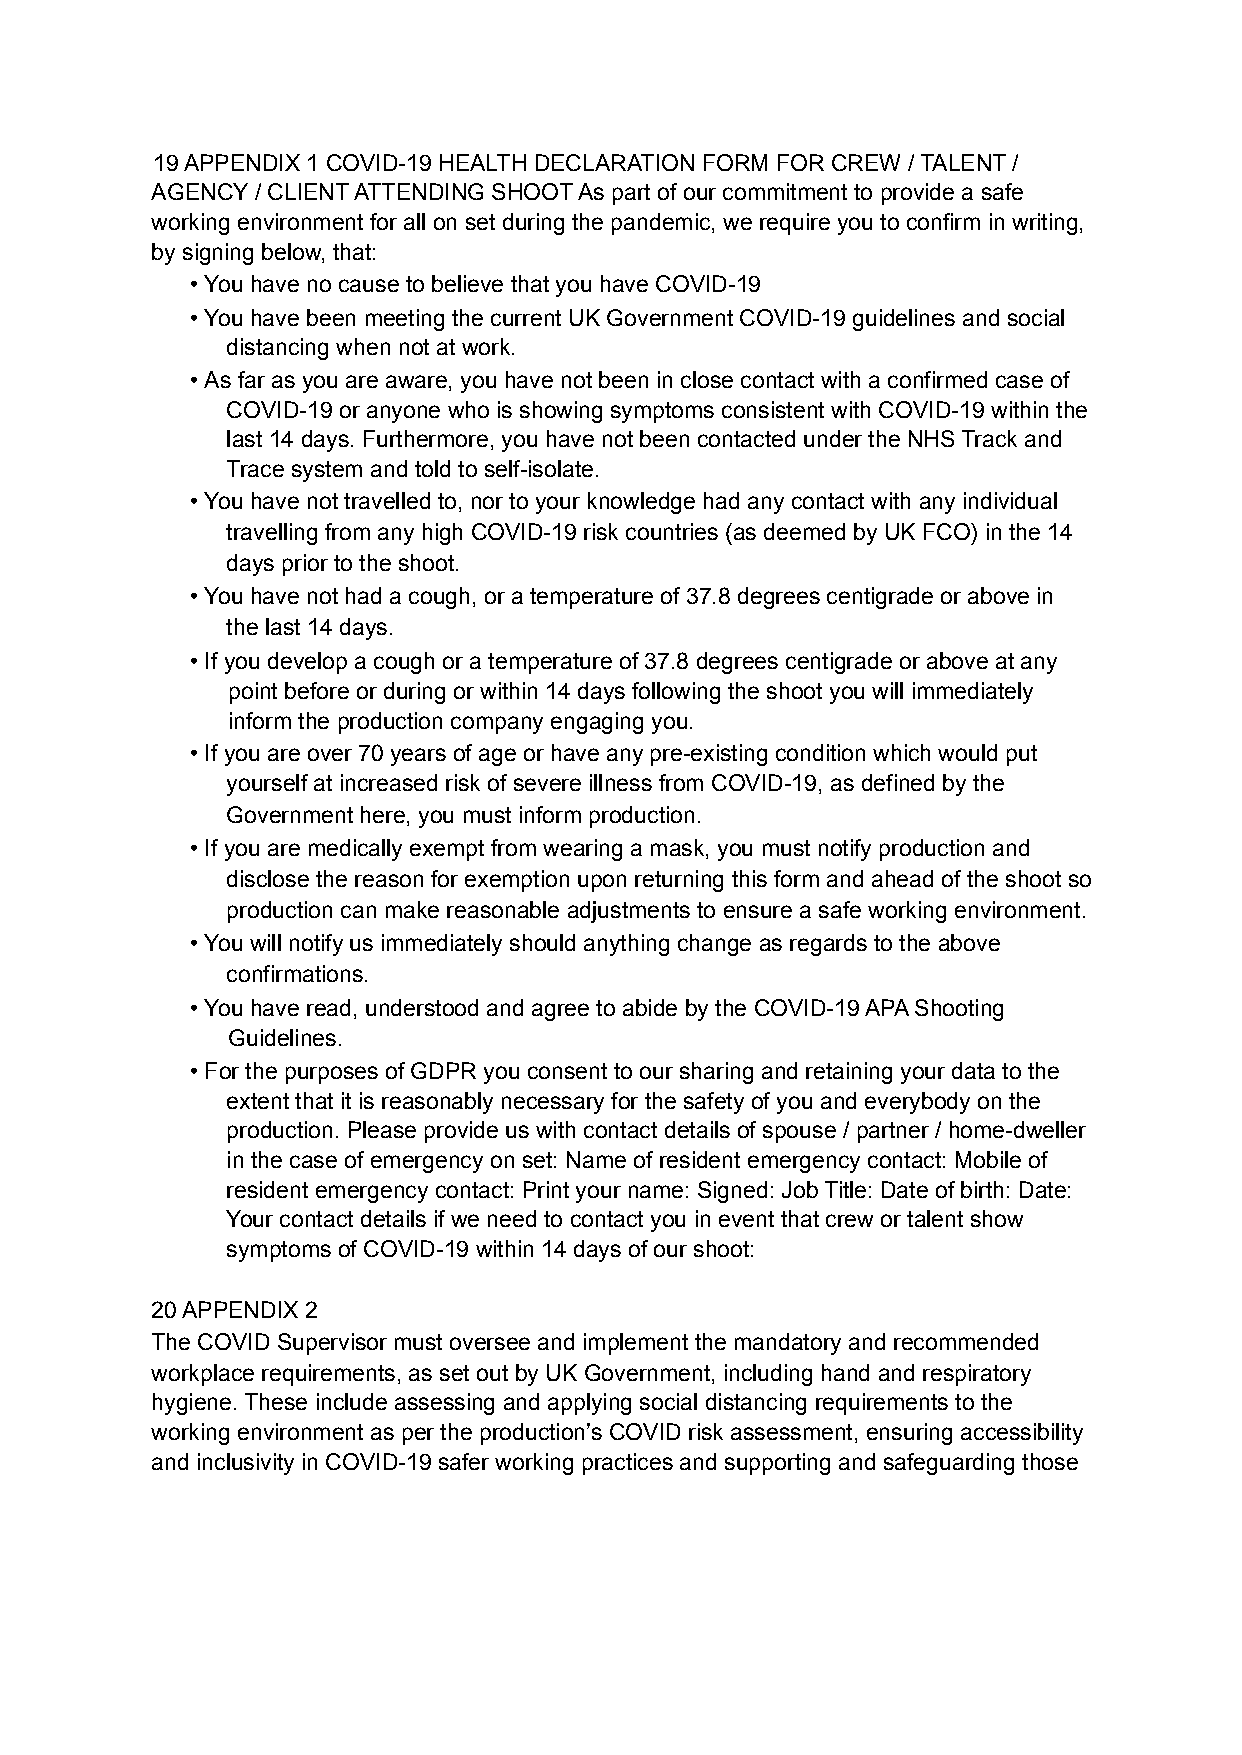
19 APPENDIX 1 COVID-19 HEALTH DECLARATION FORM FOR CREW / TALENT /
 AGENCY / CLIENT ATTENDING SHOOT As part of our commitment to provide a safe
 working environment for all on set during the pandemic, we require you to confirm in writing,
 by signing below, that:
 •You have no cause to believe that you have COVID-19
 •You have been meeting the current UK Government COVID-19 guidelines and social
 distancing when not at work.
 •As far as you are aware, you have not been in close contact with a confirmed case of
 COVID-19 or anyone who is showing symptoms consistent with COVID-19 within the
 last 14 days. Furthermore, you have not been contacted under the NHS Track and
 Trace system and told to self-isolate.
 •You have not travelled to, nor to your knowledge had any contact with any individual
 travelling from any high COVID-19 risk countries (as deemed by UK FCO) in the 14
 days prior to the shoot.
 •You have not had a cough, or a temperature of 37.8 degrees centigrade or above in
 the last 14 days.
 •If you develop a cough or a temperature of 37.8 degrees centigrade or above at any
 point before or during or within 14 days following the shoot you will immediately
 inform the production company engaging you.
 •If you are over 70 years of age or have any pre-existing condition which would put
 yourself at increased risk of severe illness from COVID-19, as defined by the
 Government here, you must inform production.
 •If you are medically exempt from wearing a mask, you must notify production and
 disclose the reason for exemption upon returning this form and ahead of the shoot so
 production can make reasonable adjustments to ensure a safe working environment.
 •You will notify us immediately should anything change as regards to the above
 confirmations.
 •You have read, understood and agree to abide by the COVID-19 APA Shooting
 Guidelines.
 •For the purposes of GDPR you consent to our sharing and retaining your data to the
 extent that it is reasonably necessary for the safety of you and everybody on the
 production. Please provide us with contact details of spouse / partner / home-dweller
 in the case of emergency on set: Name of resident emergency contact: Mobile of
 resident emergency contact: Print your name: Signed: Job Title: Date of birth: Date:
 Your contact details if we need to contact you in event that crew or talent show
 symptoms of COVID-19 within 14 days of our shoot:
 20 APPENDIX 2
 The COVID Supervisor must oversee and implement the mandatory and recommended
 workplace requirements, as set out by UK Government, including hand and respiratory
 hygiene. These include assessing and applying social distancing requirements to the
 working environment as per the production’s COVID risk assessment, ensuring accessibility
 and inclusivity in COVID-19 safer working practices and supporting and safeguarding those